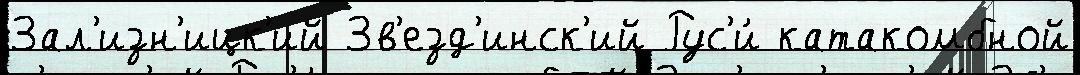
Зал'изн'ицк'ий Зв'езд'инск'ий Рус'и́ катакомбной